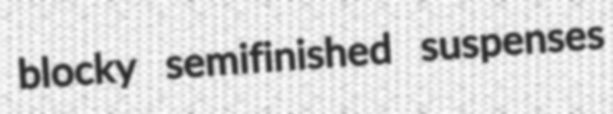
blocky semifinished suspenses